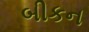
બીકન